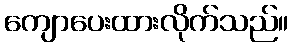
ကျောပေးထားလိုက်သည်။